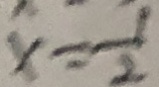
x = \frac { 1 } { 2 }